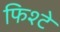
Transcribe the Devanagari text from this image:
फिश्टे